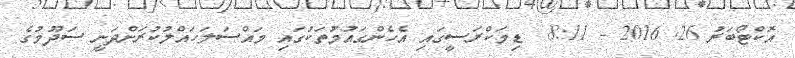
އޮކްޓޯބަރު 26